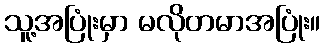
သူ့အပြုံးမှာ မလိုတမာအပြုံး။